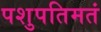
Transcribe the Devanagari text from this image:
पशुपतिमतं